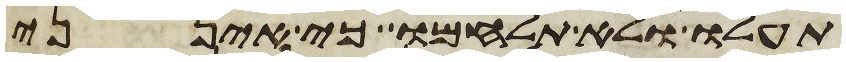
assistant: תעלו ולא תלחמו כי אינני